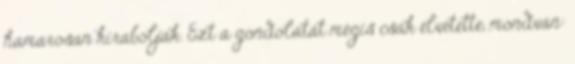
hamarosan kirabolják. Ezt a gondolatát mégis csak elvetette, mondván: